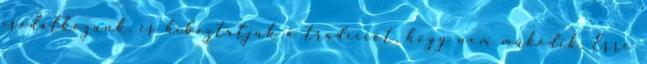
csodálkozunk, és hibáztatjuk a tradíciót, hogy nem működik. Erre